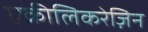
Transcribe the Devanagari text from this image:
एक्रीलिकरेज़िन